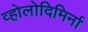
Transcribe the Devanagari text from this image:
व्होलोदिमिर्ना